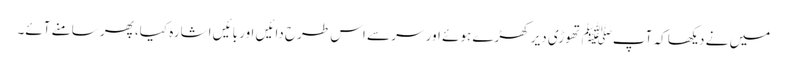
میں نے دیکھا کہ آپﷺ تھوڑی دیر کھڑے ہوئے اور سر سے اس طرح دائیں اور بائیں اشارہ کیا، پھر سامنے آئے۔